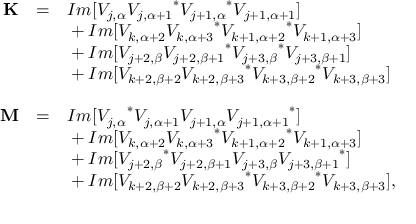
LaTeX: \begin{array} { r c l } { { } } & { { } } & { { } } \\ { { \bf { K } } } & { { = } } & { { I m [ V _ { j , \alpha } { V _ { j , \alpha + 1 } } ^ { * } { V _ { j + 1 , \alpha } } ^ { * } V _ { j + 1 , \alpha + 1 } ] } } \\ { { } } & { { } } & { { { } + I m [ V _ { k , \alpha + 2 } { V _ { k , \alpha + 3 } } ^ { * } { V _ { k + 1 , \alpha + 2 } } ^ { * } V _ { k + 1 , \alpha + 3 } ] } } \\ { { } } & { { } } & { { { } + I m [ V _ { j + 2 , \beta } { V _ { j + 2 , \beta + 1 } } ^ { * } { V _ { j + 3 , \beta } } ^ { * } V _ { j + 3 , \beta + 1 } ] } } \\ { { } } & { { } } & { { { } + I m [ V _ { k + 2 , \beta + 2 } { V _ { k + 2 , \beta + 3 } } ^ { * } { V _ { k + 3 , \beta + 2 } } ^ { * } V _ { k + 3 , \beta + 3 } ] } } \\ { { } } & { { } } & { { } } \\ { { \bf { M } } } & { { = } } & { { I m [ { V _ { j , \alpha } } ^ { * } V _ { j , \alpha + 1 } V _ { j + 1 , \alpha } { V _ { j + 1 , \alpha + 1 } } ^ { * } ] } } \\ { { } } & { { } } & { { { } + I m [ V _ { k , \alpha + 2 } { V _ { k , \alpha + 3 } } ^ { * } { V _ { k + 1 , \alpha + 2 } } ^ { * } V _ { k + 1 , \alpha + 3 } ] } } \\ { { } } & { { } } & { { { } + I m [ { V _ { j + 2 , \beta } } ^ { * } V _ { j + 2 , \beta + 1 } V _ { j + 3 , \beta } { V _ { j + 3 , \beta + 1 } } ^ { * } ] } } \\ { { } } & { { } } & { { { } + I m [ V _ { k + 2 , \beta + 2 } { V _ { k + 2 , \beta + 3 } } ^ { * } { V _ { k + 3 , \beta + 2 } } ^ { * } V _ { k + 3 , \beta + 3 } ] , } } \\ { { } } & { { } } & { { } } \end{array}